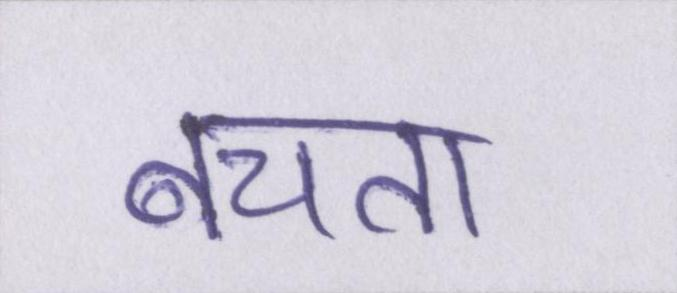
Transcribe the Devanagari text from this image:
बचता